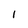
Character: 1